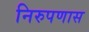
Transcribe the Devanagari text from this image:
निरुपणास